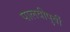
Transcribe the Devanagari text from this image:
पालवीपुर्वी